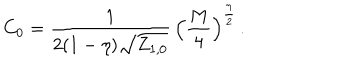
LaTeX: C _ { 0 } = \frac { 1 } { 2 ( 1 - \eta ) \sqrt { { { Z } } _ { 1 , 0 } } } \, \Big ( \frac { M } { 4 } \Big ) ^ { \frac { \eta } { 2 } } \, .